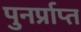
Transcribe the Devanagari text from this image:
पुनर्प्राप्‍त